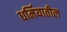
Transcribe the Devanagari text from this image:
धर्मियातील